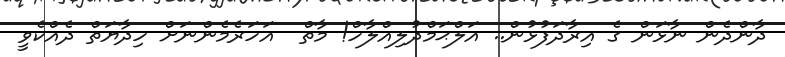
ދާންދެން ނާޅަން ގެ އިރާދަފުޅުން.. އަލްޙަމްދުލިއްލާހް! މާތް  އަހަރެމެންނަށް ހިދާޔަތް ދެއްކެވީ